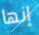
إنها